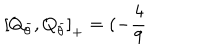
\left[ Q _ { \bar { \theta } } , Q _ { \bar { \theta } } \right] _ { + } = ( - \frac { 4 } { 9 }